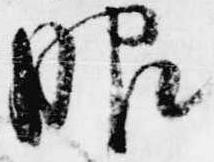
服